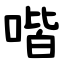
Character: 喈